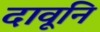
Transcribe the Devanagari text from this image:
दावूनि